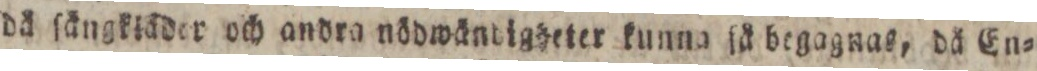
då ſängkiäder och andra nödwändigheter kunna ſå begagnas, då En=